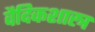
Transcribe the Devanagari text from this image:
वैदिकशास्त्र